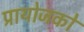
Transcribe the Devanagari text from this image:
प्रायोजको